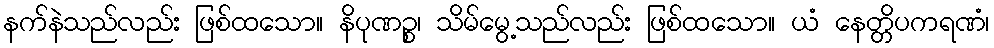
နက်နဲသည်လည်း ဖြစ်ထသော။ နိပုဏဉ္စ၊ သိမ်မွေ့သည်လည်း ဖြစ်ထသော။ ယံ နေတ္တိပကရဏံ၊